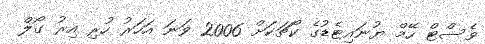
ވެސްޓް ހޭމް ޔުނައިޓެޑުގެ ކޯޗަކަށް 2006 ވަނަ އަހަރު ހުރި އިރު ގޯލް